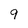
Character: 9